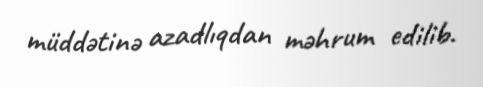
müddətinə azadlıqdan məhrum edilib.